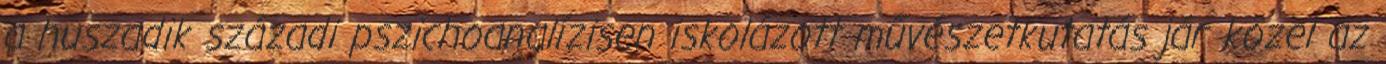
a huszadik századi pszichoanalízisen iskolá­zott művészetkutatás jár közel az